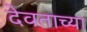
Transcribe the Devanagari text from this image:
देवताच्या